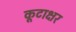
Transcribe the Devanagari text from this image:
कूटाक्षर